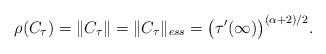
LaTeX: \begin{align*}\rho (C_{\tau}) = \Vert C_{\tau}\Vert =\Vert C_{\tau}\Vert_{ess} =\big( \tau' (\infty)\big)^{(\alpha + 2)/2} .\end{align*}